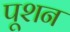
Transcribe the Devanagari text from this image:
पूशन